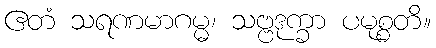
ဧတံ သရဏမာဂမ္မ၊ သဗ္ဗဒုက္ခာ ပမုစ္စတိ။